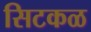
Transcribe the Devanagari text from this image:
सिटकळ